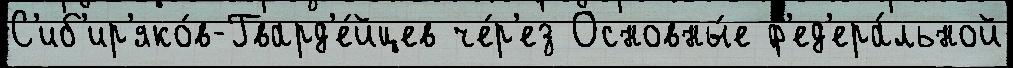
С'иб'ир'яко́в-Гвард'е́йцев че́р'ез Основны́е ф'ед'ера́льной